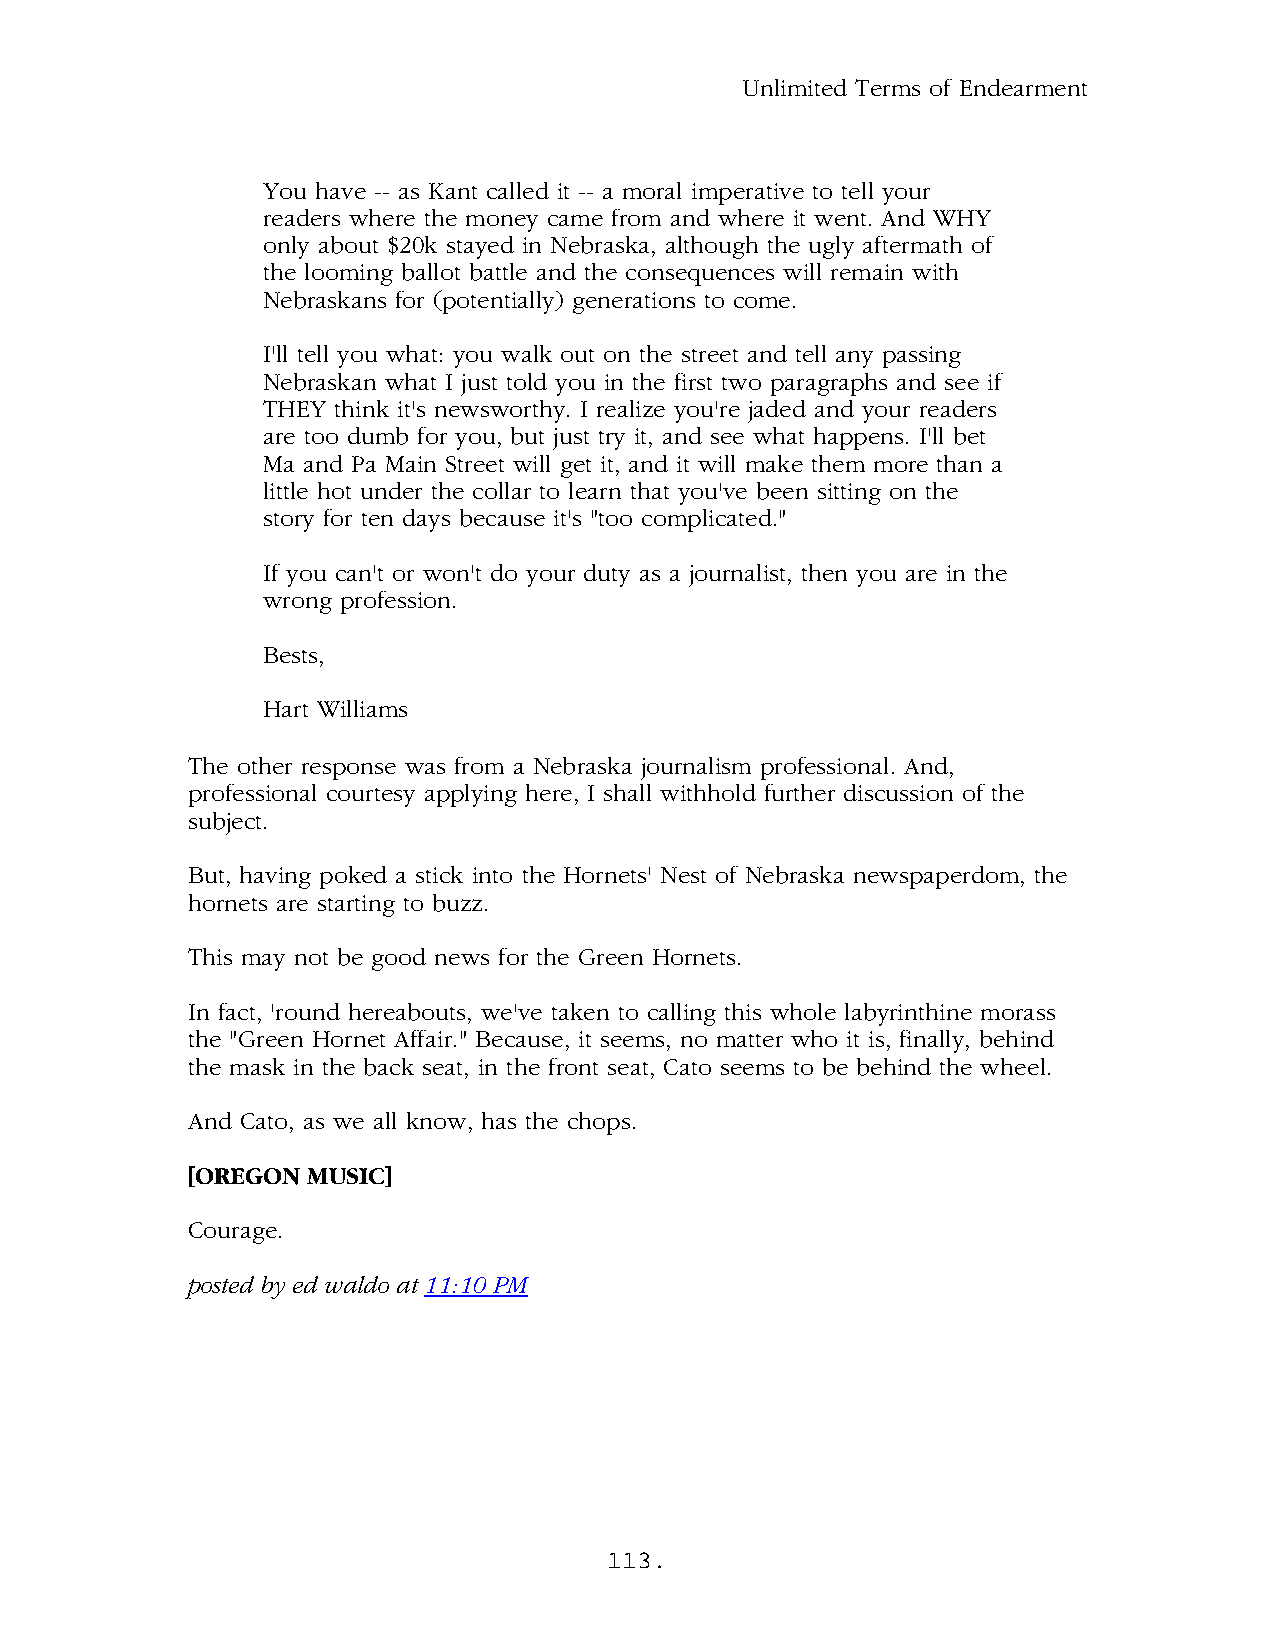
Unlimited Terms of Endearment
 You have -- as Kant called it -- a moral imperative to tell your
 readers where the money came from and where it went. And WHY
 only about $20k stayed in Nebraska, although the ugly aftermath of
 the looming ballot battle and the consequences will remain with
 Nebraskans for (potentially) generations to come.
 I'll tell you what: you walk out on the street and tell any passing
 Nebraskan what I just told you in the first two paragraphs and see if
 THEY think it's newsworthy. I realize you're jaded and your readers
 are too dumb for you, but just try it, and see what happens. I'll bet
 Ma and Pa Main Street will get it, and it will make them more than a
 little hot under the collar to learn that you've been sitting on the
 story for ten days because it's "too complicated."
 If you can't or won't do your duty as a journalist, then you are in the
 wrong profession.
 Bests,
 Hart Williams
 The other response was from a Nebraska journalism professional. And,
 professional courtesy applying here, I shall withhold further discussion of the
 subject.
 But, having poked a stick into the Hornets' Nest of Nebraska newspaperdom, the
 hornets are starting to buzz.
 This may not be good news for the Green Hornets.
 In fact, 'round hereabouts, we've taken to calling this whole labyrinthine morass
 the "Green Hornet Affair." Because, it seems, no matter who it is, finally, behind
 the mask in the back seat, in the front seat, Cato seems to be behind the wheel.
 And Cato, as we all know, has the chops.
 [OREGON MUSIC]
 Courage.
 .
 posted by ed waldo at 11:10 PM
 113.